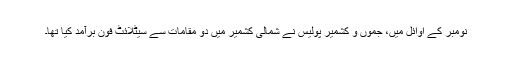
نومبر کے اوائل میں، جموں و کشمیر پولیس نے شمالی کشمیر میں دو مقامات سے سیٹلائٹ فون برآمد کیا تھا۔